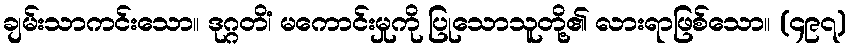
ချမ်းသာကင်းသော။ ဒုဂ္ဂတိံ၊ မကောင်းမှုကို ပြုသောသူတို့၏ လားရာဖြစ်သော။ (၄၉၇)